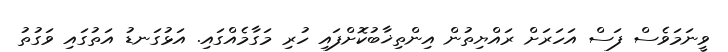
ވީނަމަވެސް ފަސް އަހަރަށް ރައްޔިތުން އިންތިޚާބުކޮށްފައި ހުރި މަގާމެއްގައި. އަޅުގަނޑު އަތުގައި ވަގުތު